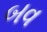
બવ